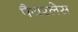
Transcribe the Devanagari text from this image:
पैयरलेस